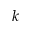
k